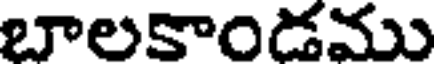
బాలకాండము